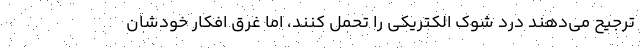
ترجیح می‌دهند درد شوک الکتریکی را تحمل کنند، اما غرق افکار خودشان